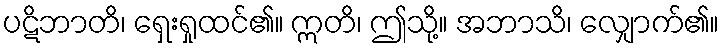
ပဋိဘာတိ၊ ရှေးရှုထင်၏။ ဣတိ၊ ဤသို့။ အဘာသိ၊ လျှောက်၏။